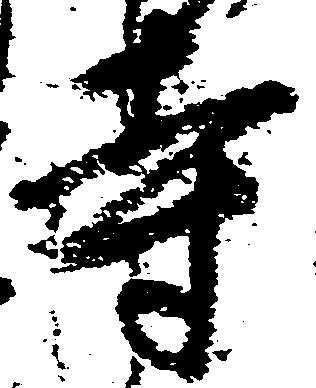
寺